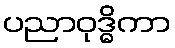
ပညာဝုဒ္ဓိကာ